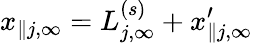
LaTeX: x_{\parallel j,\infty}=L_{j,\infty}^{(s)}+x_{\parallel j,\infty}^{\prime}